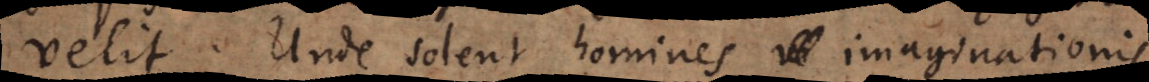
velit. Unde solent homines imaginationis